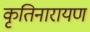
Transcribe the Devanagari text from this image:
कृतिनारायण